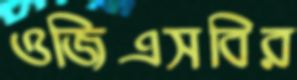
ওজিএসবির